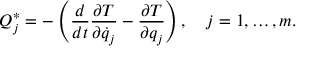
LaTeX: Q _ { j } ^ { * } = - \left( { \frac { d } { d t } } { \frac { \partial T } { \partial { \dot { q } } _ { j } } } - { \frac { \partial T } { \partial q _ { j } } } \right) , \quad j = 1 , \ldots , m .